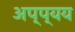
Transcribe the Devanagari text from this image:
अप्प्यय